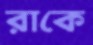
রাকে